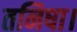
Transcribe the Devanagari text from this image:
तनिषा।